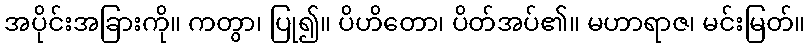
အပိုင်းအခြားကို။ ကတွာ၊ ပြု၍။ ပိဟိတော၊ ပိတ်အပ်၏။ မဟာရာဇ၊ မင်းမြတ်။